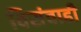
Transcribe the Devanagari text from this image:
विसंवाही